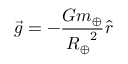
{ \vec { g } } = - { \frac { G m _ { \oplus } } { { R _ { \oplus } } ^ { 2 } } } { \hat { r } }